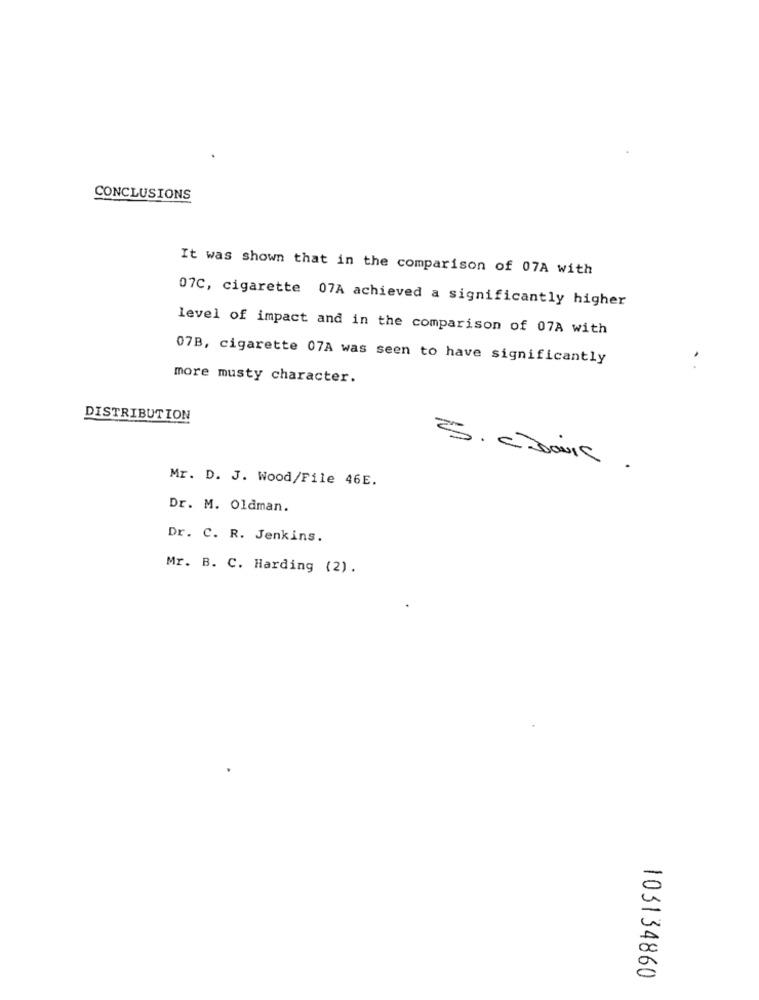
CONCLUSIONS
It was shown that in the comparison of 07A with
07C, cigarette 07A achieved a significantly higher
level of impact and in the comparison of 07A with
07B, cigarette 07A was seen to have significantly
more musty character.
DISTRIBUTION
3. caril.
Mr. D. J. Wood/File 46E.
Dr. M. Oldman.
Dr. C. R. Jenkins.
Mr. B. C. Harding (2).
103134860